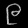
Digit: ၉